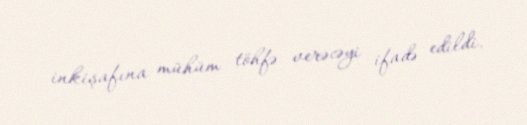
inkişafına mühüm töhfə verəcəyi ifadə edildi.